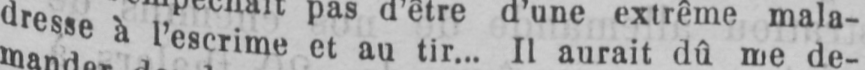
dresse à l’escrime et au tir... Il aurait dû me de-